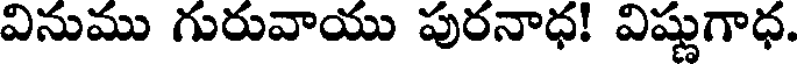
వినుము గురువాయు పురనాధ! విష్ణుగాధ.